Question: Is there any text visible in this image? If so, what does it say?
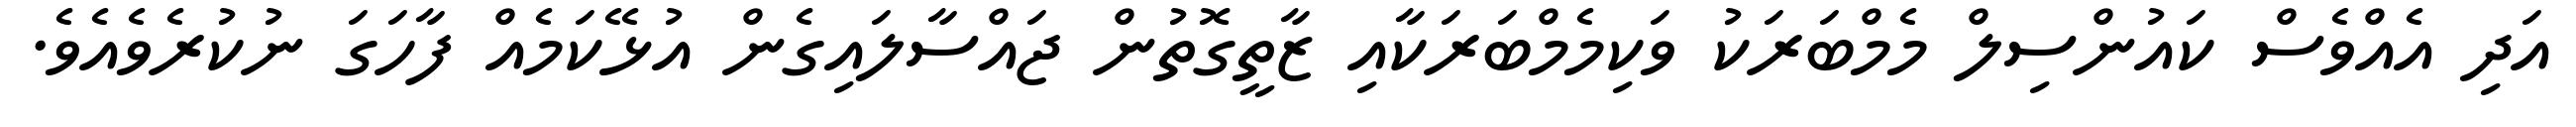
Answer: އަދި އެއްވެސް ކައުންސިލް މެމްބަރަކު ވަކިމެމްބަރަކާއި ޒާތީގޮތުން ޖައްސާލައިގެން އުޅޭކަމެއް ފާހަގަ ނުކުރެވެއެވެ.